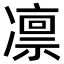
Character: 凛